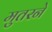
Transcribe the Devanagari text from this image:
मुतरने